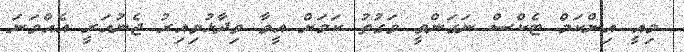
މިއީ އިންކަމް ޓެކްސް ނަގަންވީ ވަގުތު ކަމަށް އީވާ ވިދާޅުވިއިރު ޖެނުއަރީ އެއްވަނަ